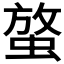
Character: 𧌱